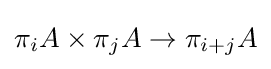
\pi _{i}A\times \pi _{j}A\to \pi _{i+j}A